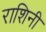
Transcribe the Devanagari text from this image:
राशिनी